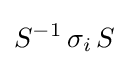
S^{-1}\,\sigma _{i}\,S